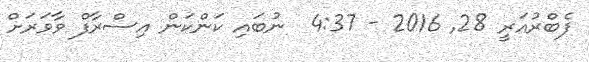
ފެބްރުއަރީ 28